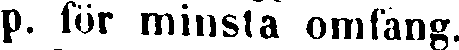
p. för minsta omfång.